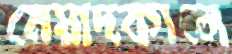
মেয়াদকালে